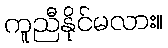
ကူညီနိုင်မလား။